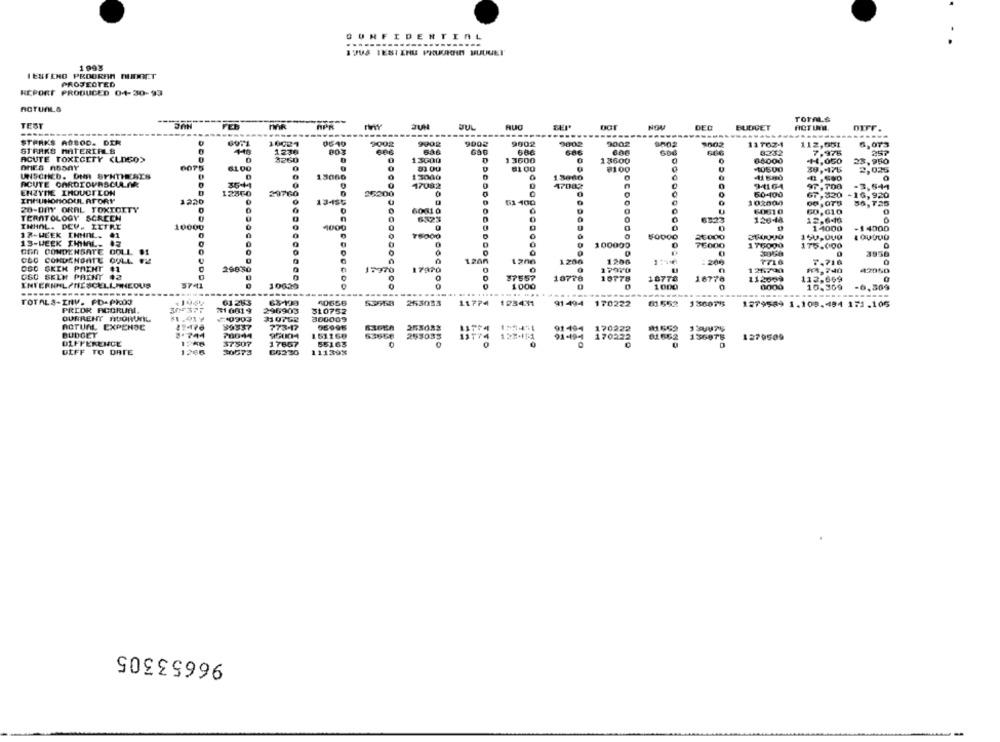
CONFIDENTIAL
-----
-----
I JUS TESI ENE PRUUKAN BUUUET
1993
IESTENO PROOREN BUDGET
PROJEDTED
REPORT PRODUCED 04-30-93
ACTUALS
Torm.&
TEST
JUL
NOM
DEG
BUDGET
-----
------
------
.....
STARKS ASBOD. DER
6971
9003
9002
990g
9902
9802
9002
117624
112,001
6,073
STRAKS MATERIALS
1230
003
636
686
606
3232
7.976
ACUTE TOXICITY <LOGO>
3260
0
13000
13600
0
13600
66000
.+4,050
23,950
0075
6100
0
83.00
81 00
8100
10600
39,4175
2,025
UNSCHED. Dun SPHTHESES
13060
13000
15680
ACUTE CARDIOVASCULAR
0
17082
0
47082
94164
-3,544
ENZYME INDUCTION
12340
29760
25200
50-400
67,820 -16,920
INMUNOMODUL ATORY
1220
13-455
0
51 400
26-00Y' ORAL TOXICITY
102000
56,725
60010
0
60610
60,610
0
TERATOLOGY SCREEN
0
0
6323
128-44
12,640
INHAL. DEV. ILTRE
10000
4000
1 4000
-1 4000
13-HEEK IHMAL. 01
0
16000
0
DOCDODODO
30000
150.000
13-WEEK IHMMAL. $3
0
0
100000
0
76000
1 76000
175.000
GEN CONDENSATE DOLL
0
3856
CSO CONDENSATE OULL
1200
1206
1200
OGO SKIK PRENT
#1
29850
1206
:200
7718
7.716
0
CSO SELM PAINT 02
J2970
17970
0
17970
126730
#94,740
42060
0
37557
18776
18778
18778
16776
112699
112.669
3741
10020
0
0
1000
0000
10.309
-6,509
....
TOTALS-INV. PO-PROJ
61253
63-199
40656
53558 253083
11774 123431
91 494 170222
01552 130075
1279589 1.108.484 171.105
PRIOR ACCRUAL
71 001 9
296903
310752
OURRENT HOORUL
310762
300009
ACTUAL EXPENSE
99337
773-17
95996
91 -194
170222
#1552
BUDGET
2.744
70044
95004
151258
DIFFERENCE
37507
17867
63658
253035
170222
01.662
156975
1279509
55163
0
ULFF TO DATE
1266
30573
CO230
11139%
96653305